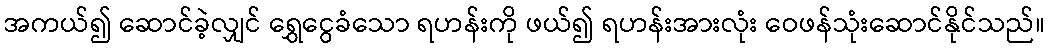
အကယ်၍ ဆောင်ခဲ့လျှင် ရွှေငွေခံသော ရဟန်းကို ဖယ်၍ ရဟန်းအားလုံး ဝေဖန်သုံးဆောင်နိုင်သည်။